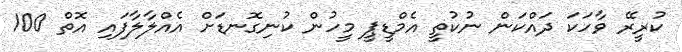
ކުރީރޭ ވާހަކަ ދައްކަން ނުކުތީ އެމްޑީޕީ މީހުން ކުނިގޮނޑަށް އެއްލާލާފައި އޮތް 100